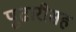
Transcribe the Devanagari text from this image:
पुढारीसह